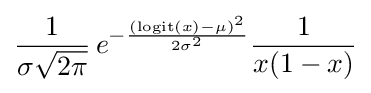
{\frac {1}{\sigma {\sqrt {2\pi }}}}\,e^{-{\frac {(\operatorname {logit} (x)-\mu )^{2}}{2\sigma ^{2}}}}{\frac {1}{x(1-x)}}